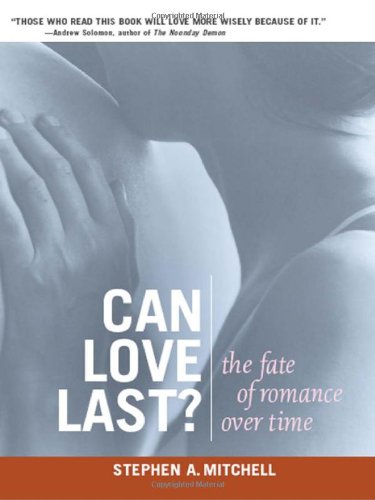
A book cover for Can Love Last?: The Fate of Romance over Time (Norton Professional Books); Stephen A. Mitchell; Self-Help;